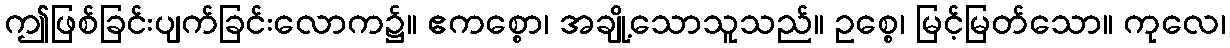
ဤဖြစ်ခြင်းပျက်ခြင်းလောက၌။ ဧကစ္စော၊ အချို့သောသူသည်။ ဥစ္စေ၊ မြင့်မြတ်သော။ ကုလေ၊